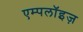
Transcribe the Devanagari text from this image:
एम्पलॉइज़